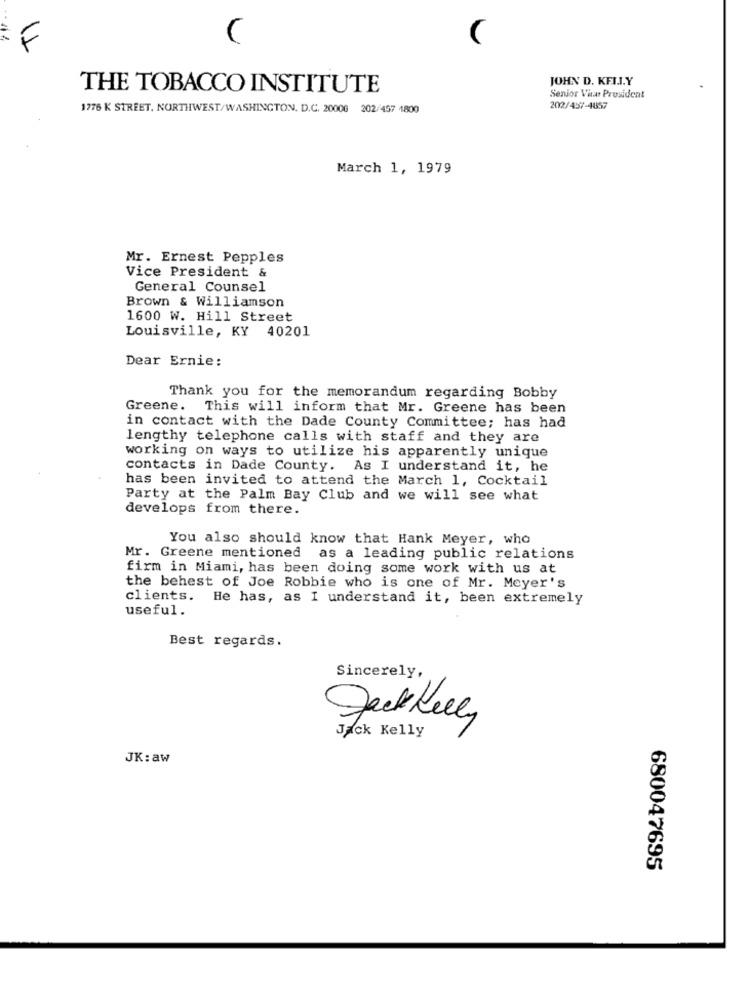
...
F
JOHN D. KFIL.Y
THE TOBACCO INSTITUTE
Senior Viras President
1776 K STREET, NORTHWEST/WASHINGTON, D.C. 2000G 202/457 1800
202/457-4057
March 1, 1979
Mr. Ernest Pepples
Vice President &
General Counsel
Brown & Williamson
1600 W. Hill Street
Louisville, KY 40201
Dear Ernie:
Thank you for the memorandum regarding Bobby
Greene. This will inform that Mr. Greene has been
in contact with the Dade County Committee; has had
lengthy telephone calls with staff and they are
working on ways to utilize his apparently unique
contacts in Dade County. As I understand it, he
has been invited to attend the March 1, Cocktail
Party at the Palm Bay Club and we will see what
develops from there.
You also should know that Hank Meyer, who
Mr. Greene mentioned as a leading public relations
firm in Miami, has been doing some work with us at
the behest of Joe Robbie who is one of Mr. Meyer's
clients.
He has, as I understand it, been extremely
useful.
Best regards.
Sincerely,
Jackkelly
Jack Kelly
JK:aw
680047695